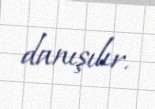
danışılır.